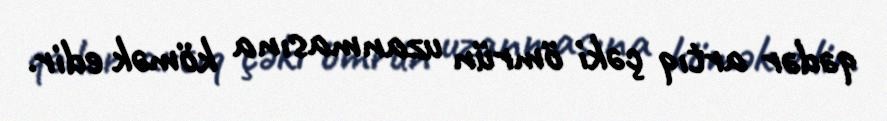
qədər artıq çəki ömrün uzanmasına kömək edir.